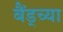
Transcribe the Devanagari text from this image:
बैंड्च्या